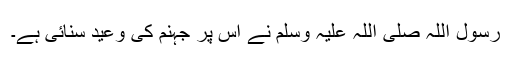
رسول اللہ صلی اللہ علیہ وسلم نے اس پر جہنم کی وعید سنائی ہے۔